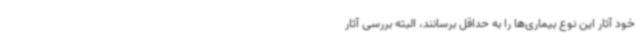
خود آثار این نوع بیماری‌ها را به حداقل برسانند، البته بررسی آثار